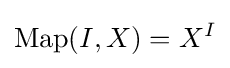
\operatorname {Map} (I,X)=X^{I}